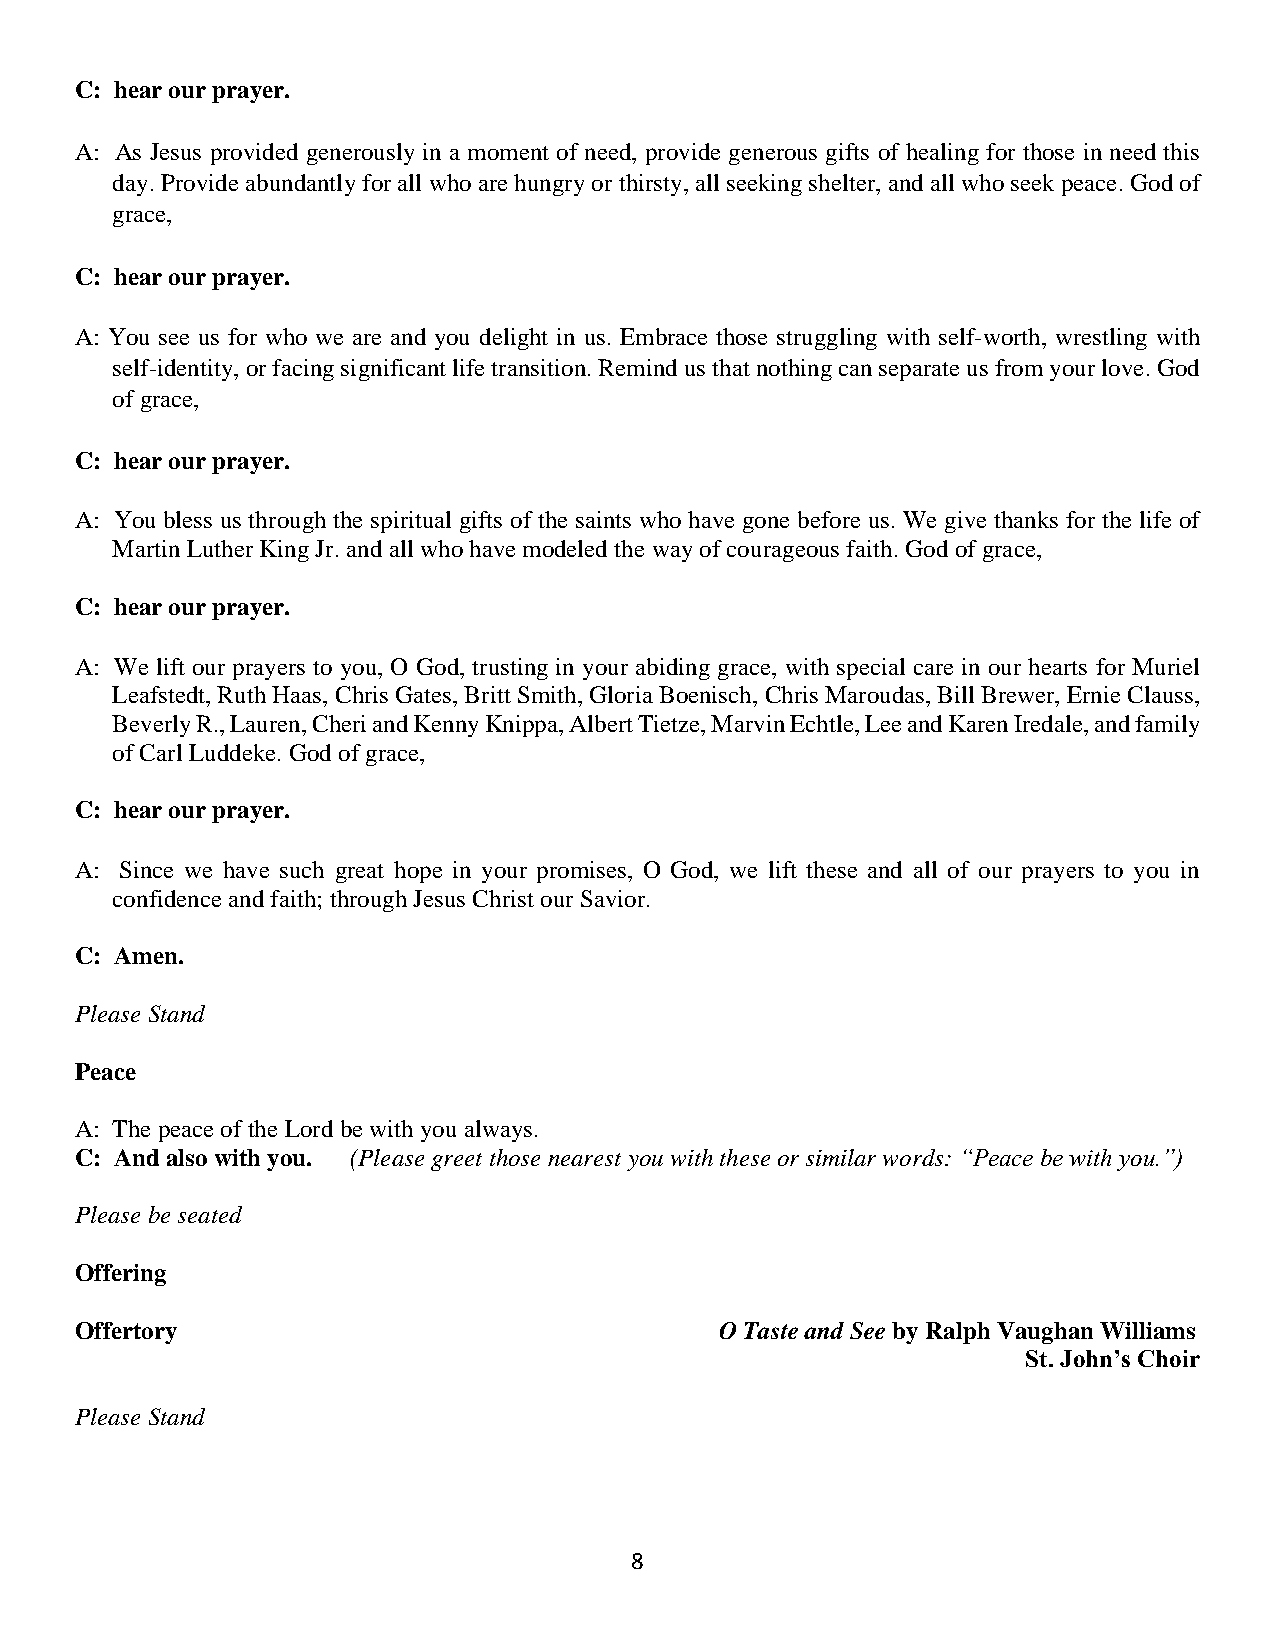
C: hear our prayer.
 A: As Jesus provided generously in a moment of need, provide generous gifts of healing for those in need this
 day. Provide abundantly for all who are hungry or thirsty, all seeking shelter, and all who seek peace. God of
 grace,
 C: hear our prayer.
 A: You see us for who we are and you delight in us. Embrace those struggling with self-worth, wrestling with
 self-identity, or facing significant life transition. Remind us that nothing can separate us from your love. God
 of grace,
 C: hear our prayer.
 A: You bless us through the spiritual gifts of the saints who have gone before us. We give thanks for the life of
 Martin Luther King Jr. and all who have modeled the way of courageous faith. God of grace,
 C: hear our prayer.
 A: We lift our prayers to you, O God, trusting in your abiding grace, with special care in our hearts for Muriel
 Leafstedt, Ruth Haas, Chris Gates, Britt Smith, Gloria Boenisch, Chris Maroudas, Bill Brewer, Ernie Clauss,
 Beverly R., Lauren, Cheri and Kenny Knippa, Albert Tietze, Marvin Echtle, Lee and Karen Iredale, and family
 of Carl Luddeke. God of grace,
 C: hear our prayer.
 A: Since we have such great hope in your promises, O God, we lift these and all of our prayers to you in
 confidence and faith; through Jesus Christ our Savior.
 C: Amen.
 Please Stand
 Peace
 A: The peace of the Lord be with you always.
 C: And also with you. (Please greet those nearest you with these or similar words: “Peace be with you.”)
 Please be seated
 Offering
 Offertory                                  O Taste and See by Ralph Vaughan Williams
 St. John’s Choir
 Please Stand
 8